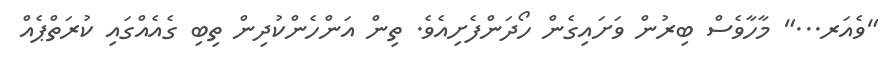
"ވެއަރ..." މާހާވެސް ބިރުން ވަށައިގެން ހޯދަންފެށިއެވެ. ތިން އަންހެންކުދިން ތިބި ގެއެއްގައި ކުރަތްޕެއް